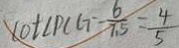
\angle D + \angle P C G = \frac { 6 } { 7 . 5 } = \frac { 4 } { 5 }